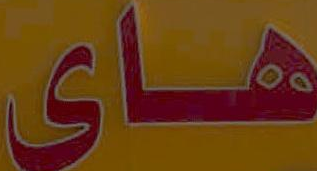
های